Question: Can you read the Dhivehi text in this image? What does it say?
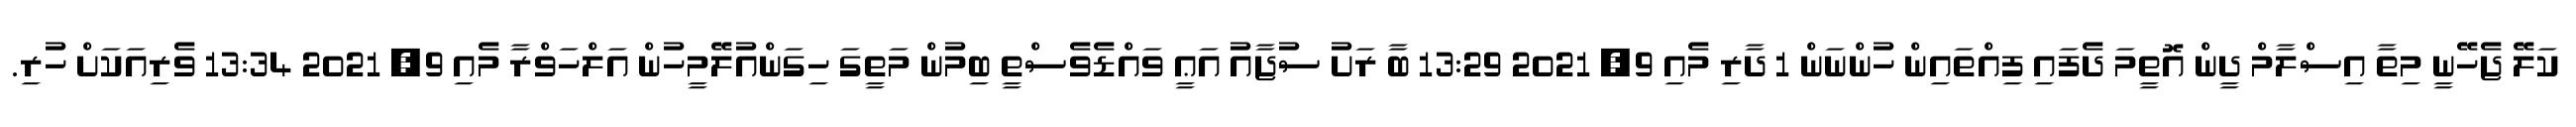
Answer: ކަލޭ ޖެހޭނީ މިތާ އިސްލާމް ދީން އޮތީމަ ދެފައި ފިއްތައިން ހުންނަން 1 ދާރި މެއި 9, 2021 13:29 ބާ ރަށު ސުޖާއު އަޢީ ވައްޑެވެސްތީ ބިމުން މަތީގަ ހިގަންއުލޭމީހުން އަލްހަވްރާ މެއި 9, 2021 13:34 ވެރިއަކަށް ހުރި.